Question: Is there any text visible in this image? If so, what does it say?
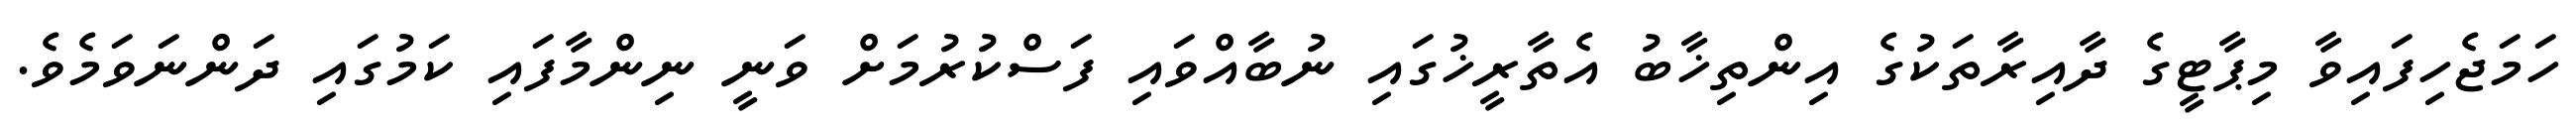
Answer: ހަމަޖެހިފައިވާ މިޕާޓީގެ ދާއިރާތަކުގެ އިންތިޚާބު އެތާރީޚުގައި ނުބާއްވައި ފަސްކުރުމަށް ވަނީ ނިންމާފައި ކަމުގައި ދަންނަވަމެވެ.